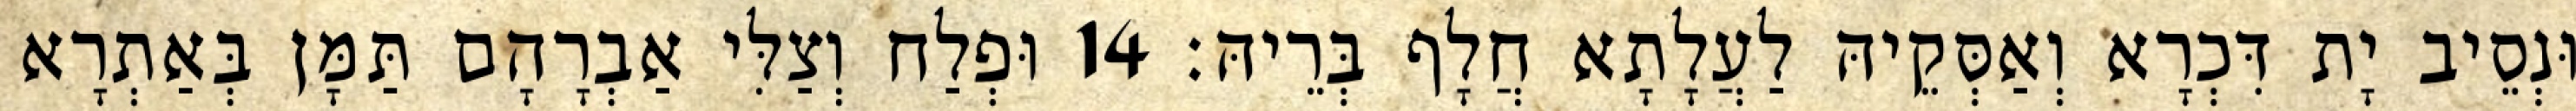
וּנְסֵיב יָת דִּכְרָא וְאַסְּקֵיהּ לַעֲלָתָא חֲלָף בְּרֵיהּ׃ 14 וּפְלַח וְצַלִּי אַבְרָהָם תַּמָּן בְּאַתְרָא